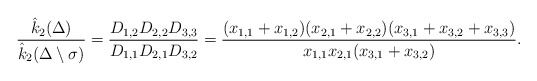
\begin{align*}\dfrac{\hat{k}_2{(\Delta)}}{\hat{k}_2(\Delta\setminus\sigma)}= \dfrac{D_{1,2}D_{2,2}D_{3,3}}{D_{1,1}D_{2,1}D_{3,2}}=\dfrac{(x_{1,1}+x_{1,2})(x_{2,1}+x_{2,2})(x_{3,1}+x_{3,2}+x_{3,3})}{x_{1,1}x_{2,1}(x_{3,1}+x_{3,2})}.\end{align*}